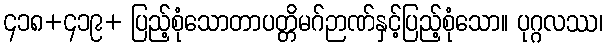
၄၁၈+၄၁၉+ ပြည့်စုံသောတာပတ္တိမဂ်ဉာဏ်နှင့်ပြည့်စုံသော။ ပုဂ္ဂလဿ၊